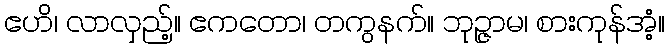
ဧဟိ၊ လာလှည့်။ ဧကတော၊ တကွနက်။ ဘုဉ္ဇာမ၊ စားကုန်အံ့။